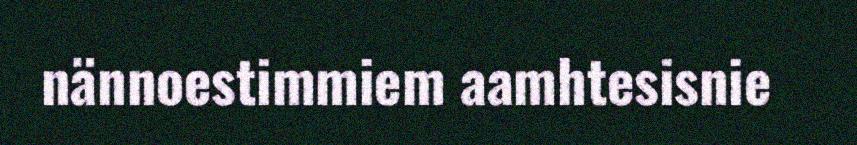
nännoestimmiem aamhtesisnie